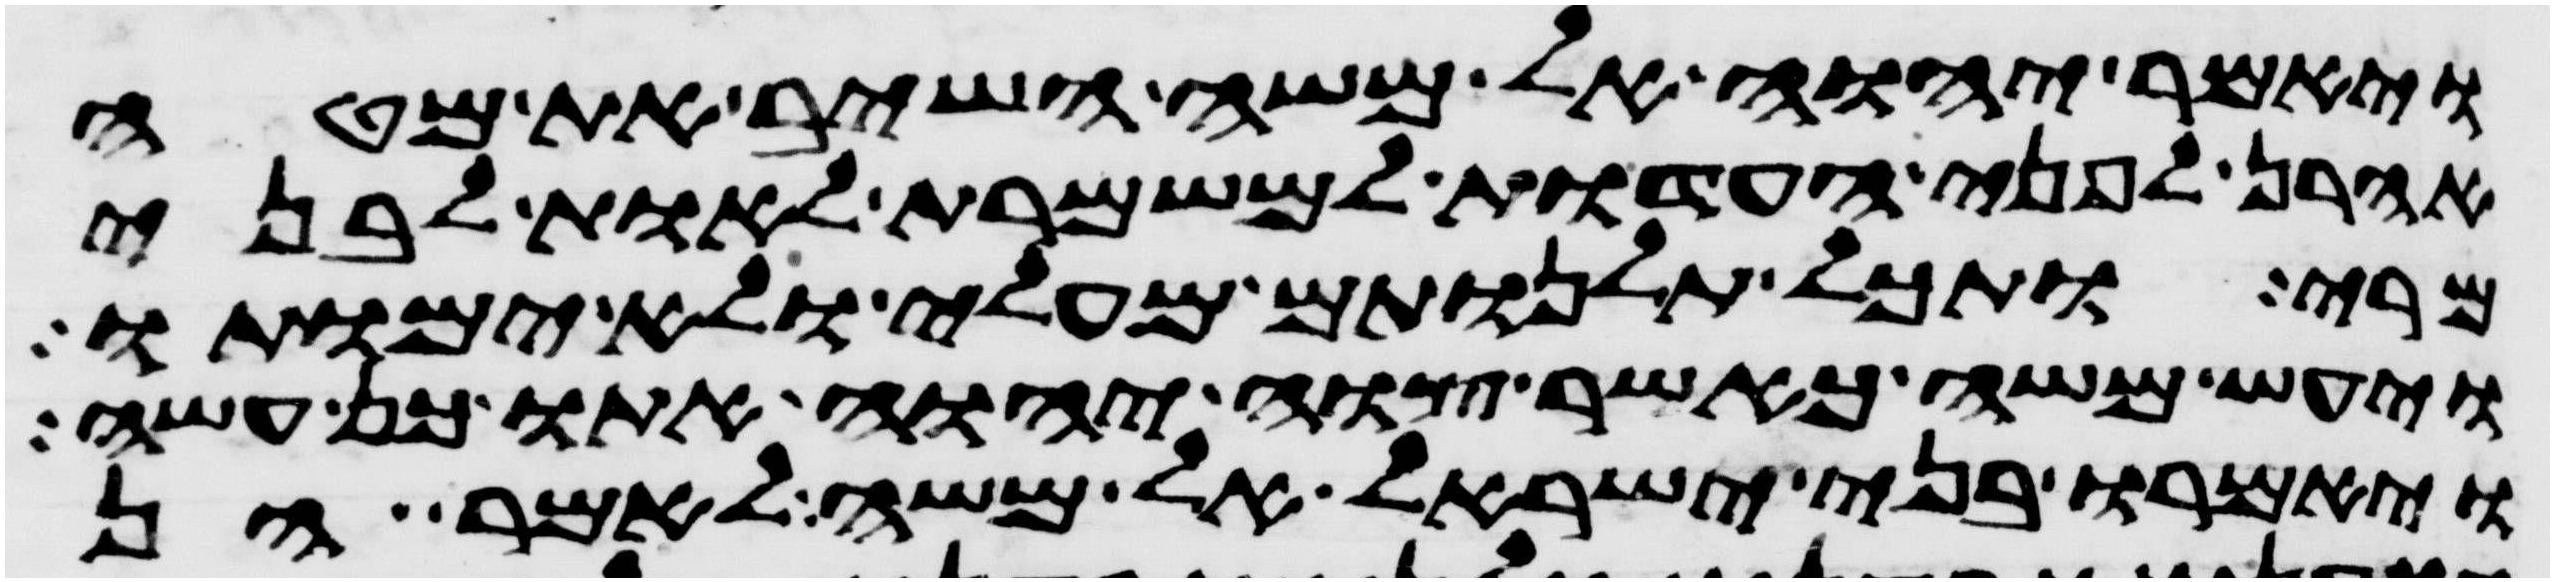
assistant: ויאמר יהוה אל משה השיב את מטה
אהרן לפני העדות למשמרת לאות לבני
מרי ותכל תלנותם מעלי ולא ימותו
ויעש משה כאשר צוה יהוה אתו כן עשה
ויאמרו בני ישראל אל משה לאמר הן